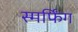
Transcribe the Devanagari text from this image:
स्मर्फिंग